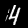
Digit: 4